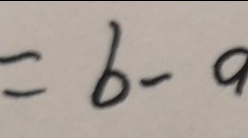
= b - a